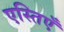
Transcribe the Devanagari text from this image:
एस्तिएँ